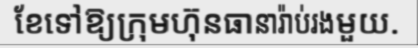
ខែទៅឱ្យក្រុមហ៊ុនធានារ៉ាប់រងមួយ.